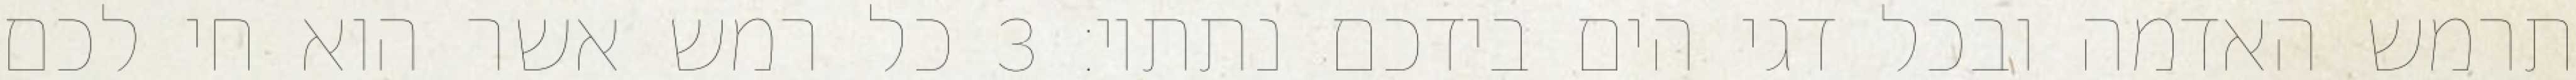
תרמש האדמה ובכל דגי הים בידכם נתתיו׃ ‎3‏ כל רמש אשר הוא חי לכם